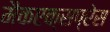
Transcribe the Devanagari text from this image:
मैकएक्सप्रेस